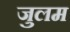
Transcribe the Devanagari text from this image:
जुलम